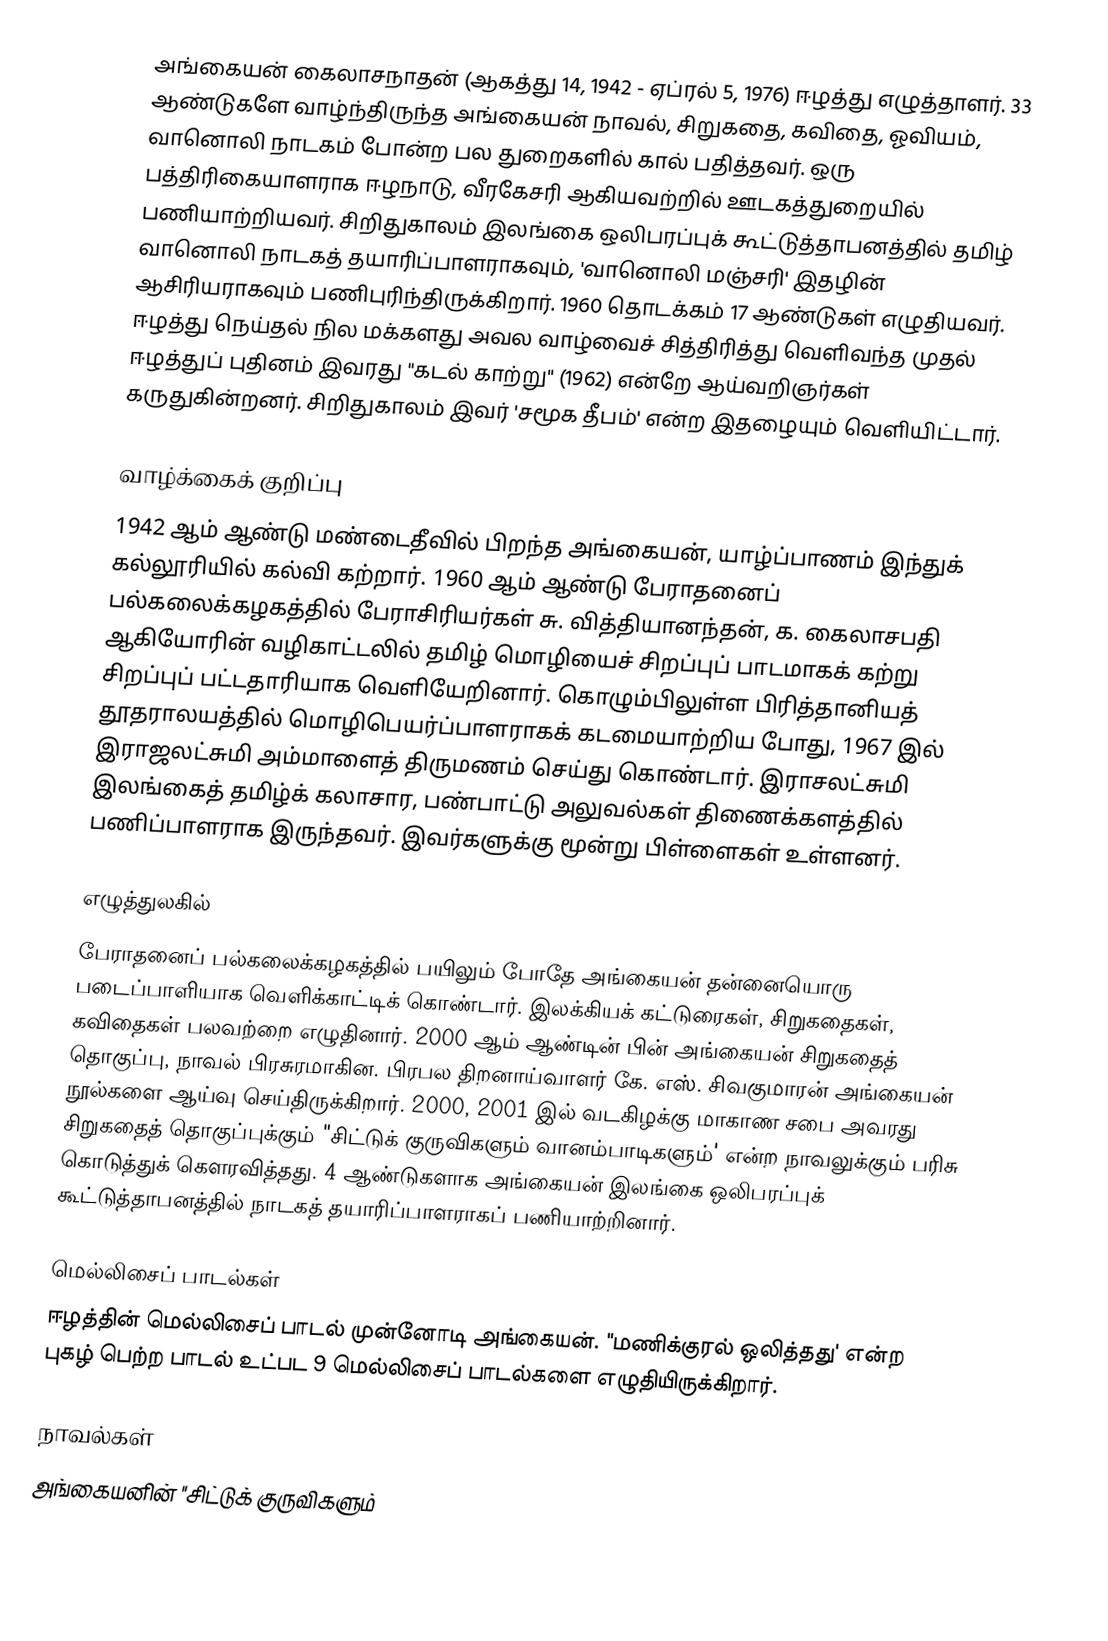
அங்கையன் கைலாசநாதன் (ஆகத்து 14, 1942 - ஏப்ரல் 5, 1976) ஈழத்து எழுத்தாளர். 33 ஆண்டுகளே வாழ்ந்திருந்த அங்கையன் நாவல், சிறுகதை, கவிதை, ஓவியம், வானொலி நாடகம் போன்ற பல துறைகளில் கால் பதித்தவர். ஒரு பத்திரிகையாளராக ஈழநாடு, வீரகேசரி ஆகியவற்றில் ஊடகத்துறையில் பணியாற்றியவர். சிறிதுகாலம் இலங்கை ஒலிபரப்புக் கூட்டுத்தாபனத்தில் தமிழ் வானொலி நாடகத் தயாரிப்பாளராகவும், 'வானொலி மஞ்சரி' இதழின் ஆசிரியராகவும் பணிபுரிந்திருக்கிறார். 1960 தொடக்கம் 17 ஆண்டுகள் எழுதியவர். ஈழத்து நெய்தல் நில மக்களது அவல வாழ்வைச் சித்திரித்து வெளிவந்த முதல் ஈழத்துப் புதினம் இவரது "கடல் காற்று" (1962) என்றே ஆய்வறிஞர்கள் கருதுகின்றனர். சிறிதுகாலம் இவர் 'சமூக தீபம்' என்ற இதழையும் வெளியிட்டார்.

வாழ்க்கைக் குறிப்பு
1942 ஆம் ஆண்டு மண்டைதீவில் பிறந்த அங்கையன், யாழ்ப்பாணம் இந்துக் கல்லூரியில் கல்வி கற்றார். 1960 ஆம் ஆண்டு பேராதனைப் பல்கலைக்கழகத்தில் பேராசிரியர்கள் சு. வித்தியானந்தன், க. கைலாசபதி ஆகியோரின் வழிகாட்டலில் தமிழ் மொழியைச் சிறப்புப் பாடமாகக் கற்று சிறப்புப் பட்டதாரியாக வெளியேறினார். கொழும்பிலுள்ள பிரித்தானியத் தூதராலயத்தில் மொழிபெயர்ப்பாளராகக் கடமையாற்றிய போது, 1967 இல் இராஜலட்சுமி அம்மாளைத் திருமணம் செய்து கொண்டார். இராசலட்சுமி இலங்கைத் தமிழ்க் கலாசார, பண்பாட்டு அலுவல்கள் திணைக்களத்தில் பணிப்பாளராக இருந்தவர். இவர்களுக்கு மூன்று பிள்ளைகள் உள்ளனர்.

எழுத்துலகில்
பேராதனைப் பல்கலைக்கழகத்தில் பயிலும் போதே அங்கையன் தன்னையொரு படைப்பாளியாக வெளிக்காட்டிக் கொண்டார். இலக்கியக் கட்டுரைகள், சிறுகதைகள், கவிதைகள் பலவற்றை எழுதினார். 2000 ஆம் ஆண்டின் பின் அங்கையன் சிறுகதைத் தொகுப்பு, நாவல் பிரசுரமாகின. பிரபல திறனாய்வாளர் கே. எஸ். சிவகுமாரன் அங்கையன் நூல்களை ஆய்வு செய்திருக்கிறார். 2000, 2001 இல் வடகிழக்கு மாகாண சபை அவரது சிறுகதைத் தொகுப்புக்கும் "சிட்டுக் குருவிகளும் வானம்பாடிகளும்' என்ற நாவலுக்கும் பரிசு கொடுத்துக் கௌரவித்தது. 4 ஆண்டுகளாக அங்கையன் இலங்கை ஒலிபரப்புக் கூட்டுத்தாபனத்தில் நாடகத் தயாரிப்பாளராகப் பணியாற்றினார்.

மெல்லிசைப் பாடல்கள்
ஈழத்தின் மெல்லிசைப் பாடல் முன்னோடி அங்கையன். "மணிக்குரல் ஒலித்தது' என்ற புகழ் பெற்ற பாடல் உட்பட 9 மெல்லிசைப் பாடல்களை எழுதியிருக்கிறார்.

நாவல்கள்
அங்கையனின் "சிட்டுக் குருவிகளும்